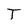
Character: T